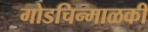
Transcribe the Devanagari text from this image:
गोडचिन्माळकी